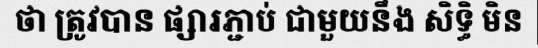
ថា ត្រូវបាន ផ្សារភ្ជាប់ ជាមួយនឹង សិទ្ធិ មិន